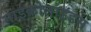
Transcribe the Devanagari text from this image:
माइक्रोलाइडस